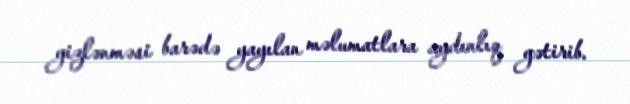
gizlənməsi barədə yayılan məlumatlara aydınlıq gətirib.